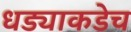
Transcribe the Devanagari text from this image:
धड्याकडेच